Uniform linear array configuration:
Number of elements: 4
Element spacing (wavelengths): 0.75
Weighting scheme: uniform
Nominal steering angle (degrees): -30
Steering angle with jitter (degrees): -30.793
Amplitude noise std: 0.05
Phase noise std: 0.05

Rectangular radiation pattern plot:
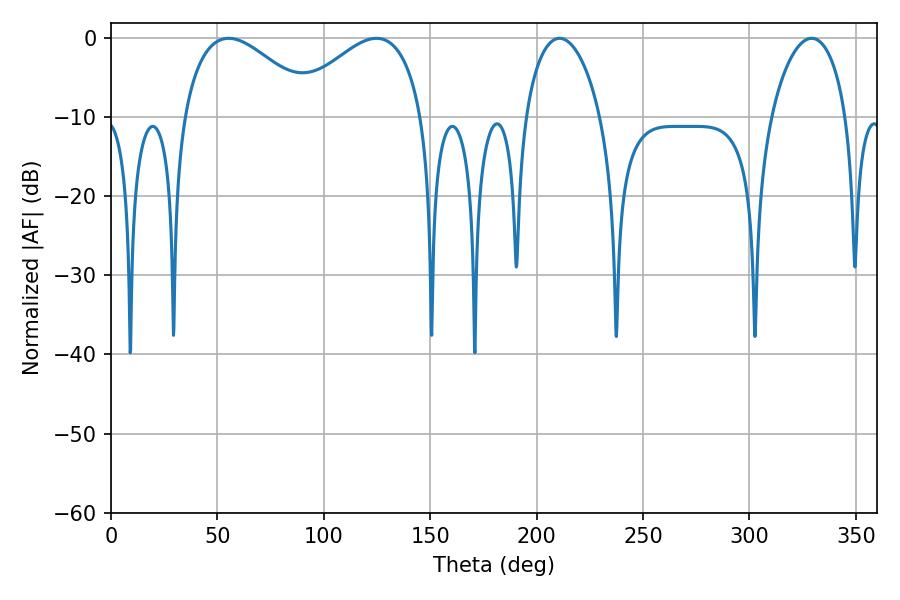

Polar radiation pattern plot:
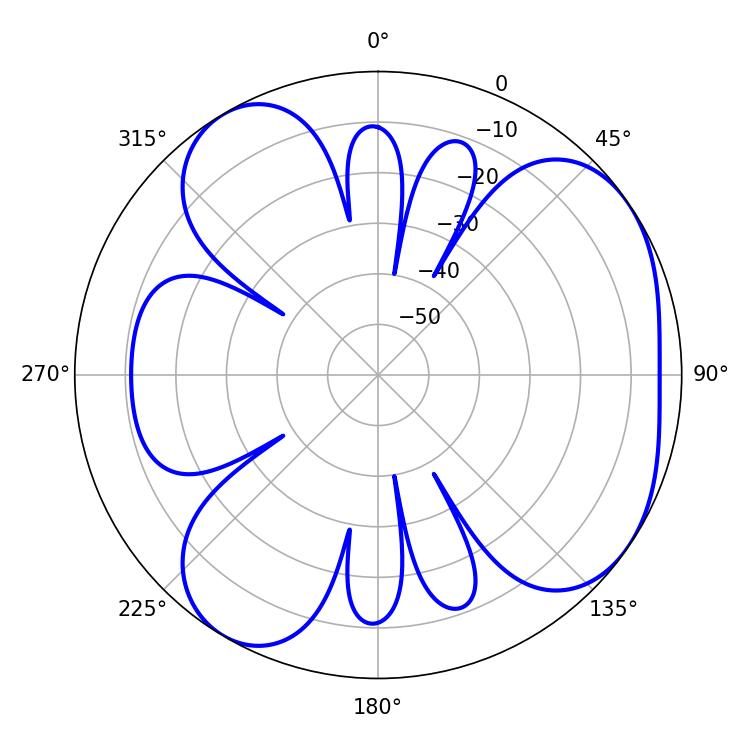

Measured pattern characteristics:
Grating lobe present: TRUE
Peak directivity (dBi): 5.121
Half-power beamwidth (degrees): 34.2
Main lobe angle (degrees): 55.26